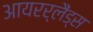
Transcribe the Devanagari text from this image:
आयरर्लैंड्स